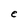
Character: e